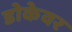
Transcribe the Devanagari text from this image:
डोकेवर